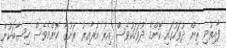
ފާއިތުވި ތިން ދުވަހުގައި ކޮންމެ ދުވަހަކުވެސް އިރު އަރާއިރު ރަށުގެ ކޮންމެވެސް ހިސާބަކުން